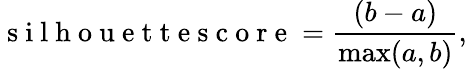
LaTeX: \mathrm{~s~i~l~h~o~u~e~t~t~e~s~c~o~r~e~}=\frac{(b-a)}{\operatorname*{max}(a,b)},